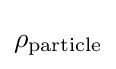
\rho _{\text{particle}}